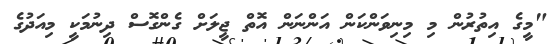
"މީގެ އިތުރުން މި މިނިވަންކަން އަންނަން އޮތް ޖީލަށް ގެންގޮސް ދިނުމަކީ މިއަދުގެ